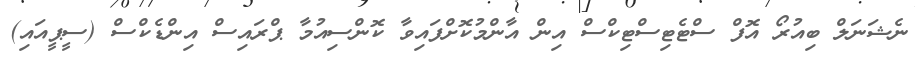
ނެޝަނަލް ބިއުރޯ އޮފް ސްޓެޓިސްޓިކްސް އިން އާންމުކޮށްފައިވާ ކޮންސިއުމާ ޕްރައިސް އިންޑެކްސް (ސީޕީއައި)